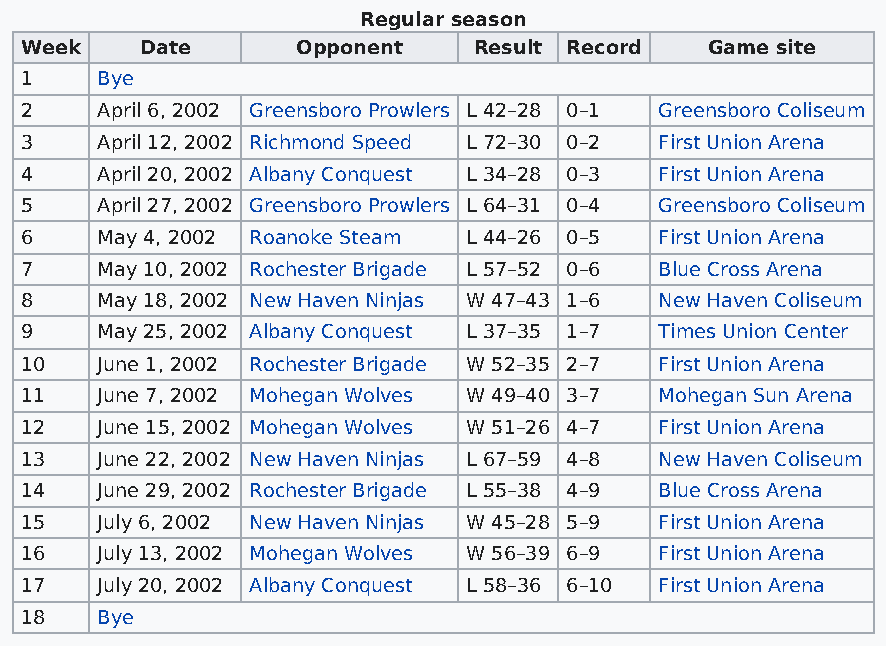
Regular season
 Week    Date       Opponent   Result Record   Game site
 1    Bye
 2    April 6, 2002 Greensboro Prowlers L 42–28 0–1 Greensboro Coliseum
 3    April 12, 2002 Richmond Speed L 72–30 0–2 First Union Arena
 4    April 20, 2002 Albany Conquest L 34–28 0–3 First Union Arena
 5    April 27, 2002 Greensboro Prowlers L 64–31 0–4 Greensboro Coliseum
 6    May 4, 2002 Roanoke Steam L 44–26 0–5 First Union Arena
 7    May 10, 2002 Rochester Brigade L 57–52 0–6 Blue Cross Arena
 8    May 18, 2002 New Haven Ninjas W 47–43 1–6 New Haven Coliseum
 9    May 25, 2002 Albany Conquest L 37–35 1–7 Times Union Center
 10   June 1, 2002 Rochester Brigade W 52–35 2–7 First Union Arena
 11   June 7, 2002 Mohegan Wolves W 49–40 3–7 Mohegan Sun Arena
 12   June 15, 2002 Mohegan Wolves W 51–26 4–7 First Union Arena
 13   June 22, 2002 New Haven Ninjas L 67–59 4–8 New Haven Coliseum
 14   June 29, 2002 Rochester Brigade L 55–38 4–9 Blue Cross Arena
 15   July 6, 2002 New Haven Ninjas W 45–28 5–9 First Union Arena
 16   July 13, 2002 Mohegan Wolves W 56–39 6–9 First Union Arena
 17   July 20, 2002 Albany Conquest L 58–36 6–10 First Union Arena
 18   Bye